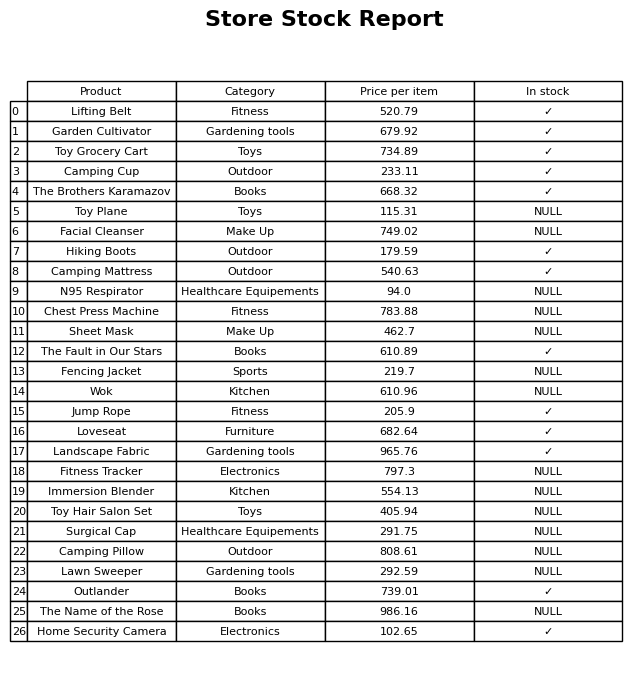
question: What is the price of the Toy Grocery Cart?
answer: The price of Toy Grocery Cart is 734.89.